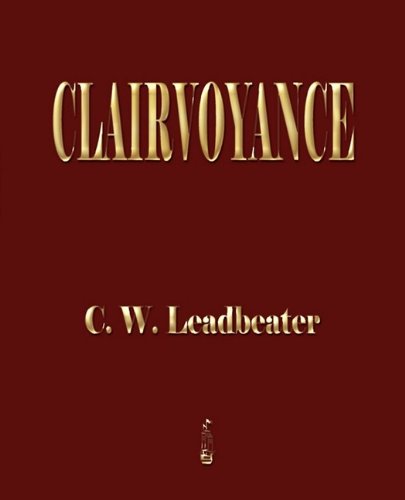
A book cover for Clairvoyance; Charles Webster Leadbeater; Religion & Spirituality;